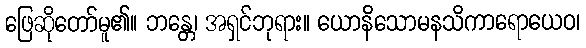
ဖြေဆိုတော်မူ၏။ ဘန္တေ၊ အရှင်ဘုရား။ ယောနိသောမနသိကာရောယေဝ၊